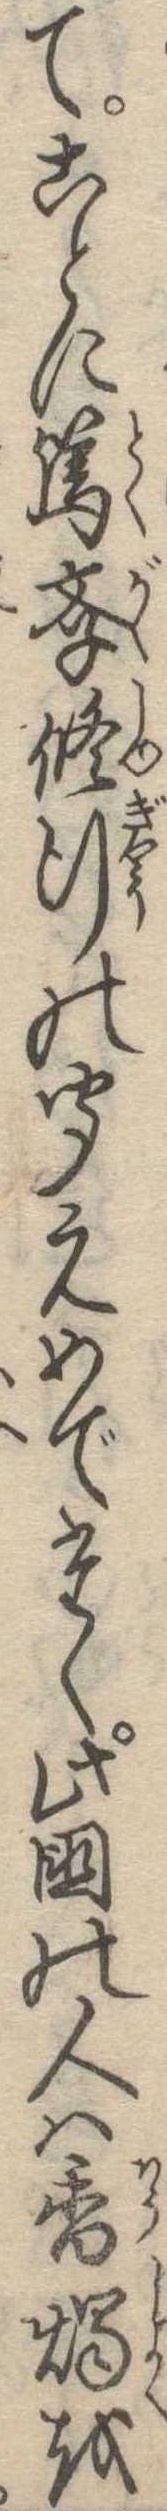
てことに篤学修行の聞えめでたく此国の人は香燭を